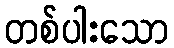
တစ်ပါးသော